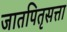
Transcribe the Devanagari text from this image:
जातपितृसत्ता